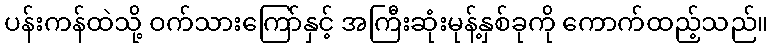
ပန်းကန်ထဲသို့ ဝက်သားကြော်နှင့် အကြီးဆုံးမုန့်နှစ်ခုကို ကောက်ထည့်သည်။